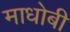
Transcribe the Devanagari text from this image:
माधोबी